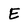
Character: E